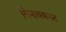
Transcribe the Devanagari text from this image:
विनायकमठ